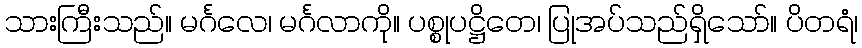
သားကြီးသည်။ မင်္ဂလေ၊ မင်္ဂလာကို။ ပစ္စုပဋ္ဌိတေ၊ ပြုအပ်သည်ရှိသော်။ ပိတရံ၊